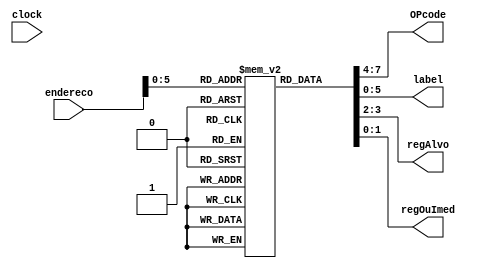
module memInst(clock, endereco, OPcode, label, regAlvo, regOuImed);


/*
CODIGO EM C
	ordena(int v[], int n){
		for (k = 1; k < n; k++) {
			for (j = 0; j+1 < n; j++) {
				if (vetor[j] > vetor[j + 1]) {
					aux = vetor[j];
					vetor[j] = vetor[j + 1];
					vetor[j + 1] = aux;
				}
			}
		}
	}
*/

input clock;					// clock
input [7:0] endereco;		// numero da intrucao a ser acessada 
output reg[3:0] OPcode;		// OPcode da instrucao
output reg[5:0] label;		// label se tiver
output reg[1:0] regAlvo, regOuImed;	// numero de registrador ou valor do imediato

reg [7:0] inst [0:63];		// memoria com as instrucoes

//carrega o codigo na memoria de instrucao
initial 
	begin
	
	//loopOne:		
	inst[0] = 8'b11100000;	//atr	// $a0 = endereo de k (0)
	inst[1] = 8'b10011000;	//lw	// $a2 = k
	inst[2] = 8'b11100110;	//atr	// Clculo para endereo de n (2)
	inst[3] = 8'b10011101;	//lw	// $a3 = n
	inst[4] = 8'b01101000;	//BEQ	// k < n
	inst[5] = 8'b11011001;	//addi 	// k++
	inst[6] = 8'b10101000;	//sw	// guarda na memria o valor de k
	inst[7] = 8'b11100001;	//atr	// Clculo para endereo de J (1)
	inst[8] = 8'b11101000;	//atr	// a2 = 0 
	inst[9] = 8'b10101000;	//sw	// guarda na memria o valor de j = 0
//loopTwo:		
	inst[10] = 8'b11100001;	//atr	// Clculo para endereo de J (1)
	inst[11] = 8'b11100110;	//atr	// Clculo para endereo de n (2)
	inst[12] = 8'b10011000;	//lw	// $a2 = j
	inst[13] = 8'b10011101;	//lw	// $a3 = n
	inst[14] = 8'b11011001;	//addi	// $a2 = j+1
	inst[15] = 8'b01000000;	//BEQ	// j < n-1 no caso a comparao  j+1 < n -> j que no h subtrao
// if
	inst[16] = 8'b10011000;	//lw	// $a2 = j (recarrega valor j)
	inst[17] = 8'b11100010;	//atr	// Clculo de endereo de vetor[0]
	inst[18] = 8'b11110001;	//sll	// $a0 = endereo de vetor[0] (4)
	inst[19] = 8'b10000010;	//add	// $a0 = endereo de vetor[j]
	inst[20] = 8'b11100100;	//atr	// zera valor $a1
	inst[21] = 8'b10000100;	//add	// $a1 = endereo de vetor[j]
	inst[22] = 8'b11010101;	//addi	// Clculo de endereo de vetor[j+1]
	inst[23] = 8'b10011000;	//lw	// $a2 = valor de vetor[j]
	inst[24] = 8'b10011101;	//lw	// $a3 = valor de vetor[j+1]
	inst[25] = 8'b10111110;	//slt	// if (vetor[j] > vetor[j + 1]) ou if (vetor[j + 1] < vetor[j])
	inst[26] = 8'b11101000;	//atr	// zera valor do registrador para comparao
	inst[27] = 8'b01100011;	//BEQ	// verifica se  menor
	inst[28] = 8'b11101111;	//atr	// Clculo de endereo de aux (3)
	inst[29] = 8'b10011000;	//lw	// $a2 = valor de vetor[j]
	inst[30] = 8'b10101011;	//sw	// aux = vetor[j];
	inst[31] = 8'b10011001;	//lw	// $a2 = valor de vetor[j+1]
	inst[32] = 8'b10101000;	//sw	// vetor[j] = vetor[j + 1]; 
	inst[33] = 8'b10011011;	//lw	// $a2 = valor de aux
	inst[34] = 8'b10101001;	//sw	// vetor[j + 1] = aux; 
//next:	
	inst[35] = 8'b11100001; //atr	// Clculo para endereo de J (1)
	inst[36] = 8'b10011000;	//lw	// $a2 = j
	inst[37] = 8'b11011001;	//addi	// j++
	inst[38] = 8'b10101000;	//sw	// guarda na memria o valor de j
	inst[39] = 8'b00001010;	//j	// Retorno do loop
//exit:		
	inst[40] = 8'b11000000;	//h	// encerra o programa

	end
	
	
// acessos a memoria
always @(endereco)
	begin
		OPcode <= inst[endereco][7:4];
		label <= inst[endereco][5:0];
		regAlvo <= inst[endereco][3:2];
		regOuImed <= inst[endereco][1:0];
	end

endmodule